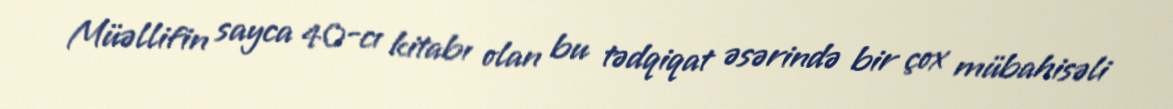
Müəllifin sayca 40-cı kitabı olan bu tədqiqat əsərində bir çox mübahisəli